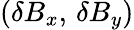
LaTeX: (\delta B_{x},\, \delta B_{y})